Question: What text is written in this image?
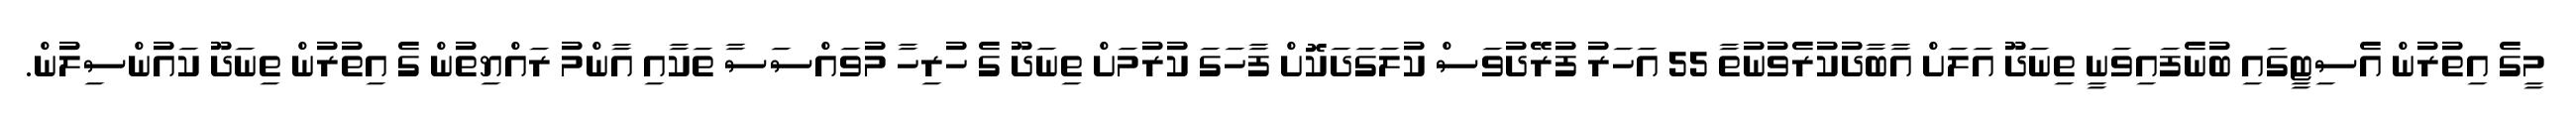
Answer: މީގެ އިތުރުން އެސިޓީގައި ބުނެފައިވަނީ ތިނަދޫ އަލަށް އާބާދުކުރެވުނުތާ 55 އަހަރު ފުރޭދުވަސް ކުލަގަދަކޮށް ފާހަގަ ކުރުމަށް ތިނަދޫ ގެ ހުރިހާ މުވައްސަސާ ތަކާއި އާންމު ރައްޔިތުން ގެ އިތުރުން ތިނަދޫ ކައުންސިލުން.